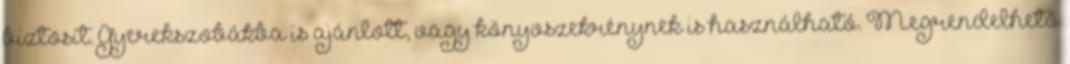
biztosít. Gyerekszobákba is ajánlott, vagy könyvszekrénynek is használható. Megrendelhető